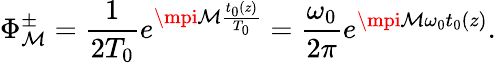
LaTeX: \Phi_{\mathcal{M}}^{\pm}=\frac{{1}}{{2T_{0}}}e^{\mpi\mathcal{M}\frac{{t_{0}(z)}}{{T_{0}}}}=\frac{{\omega_{0}}}{{2\pi}}e^{\mpi\mathcal{M}\omega_{0}t_{0}(z)}.